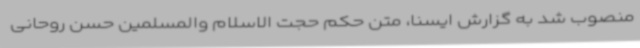
منصوب شد به گزارش ایسنا، متن حکم حجت الاسلام والمسلمین حسن روحانی